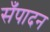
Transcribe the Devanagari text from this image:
सँपादन